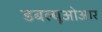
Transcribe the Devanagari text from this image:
डबल्यूओआर